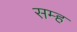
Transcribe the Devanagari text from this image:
सम्ह